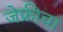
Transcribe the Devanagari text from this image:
जेफ्रीचा